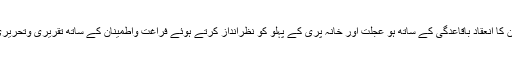
(۷) ششماہی وسالانہ امتحان کا انعقاد باقاعدگی کے ساتھ ہو عجلت اور خانہ پُری کے پہلو کو نظرانداز کرتے ہوئے فراغت واطمینان کے ساتھ تقریری وتحریری امتحان کا نظم کیا جائے۔